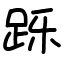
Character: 跞